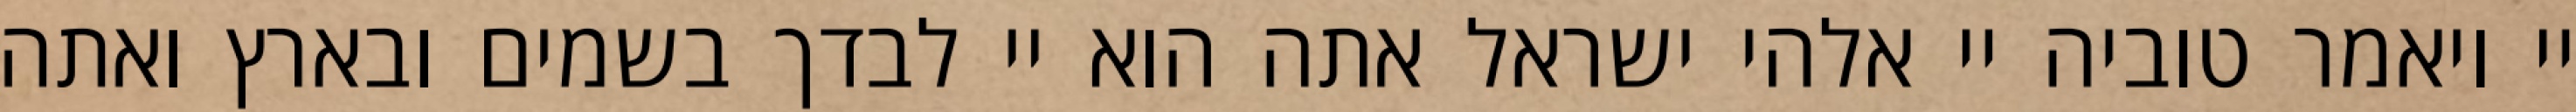
יי ויאמר טוביה יי אלהי ישראל אתה הוא יי לבדך בשמים ובארץ ואתה